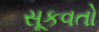
સૂકવતો